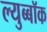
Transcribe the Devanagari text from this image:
ल्युब्बॉक